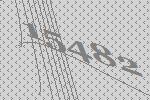
15482